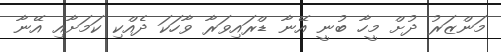
މަންޒަރު ދުށް މީހާ ބުނީ އޭނާ ޑްރައިވަރާ ވާހަކަ ދެއްކި ކަމަށާއި އޭނާ